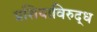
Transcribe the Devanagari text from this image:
प्रशियाविरुद्ध